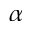
\alpha